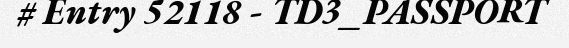
# Entry 52118 - TD3_PASSPORT